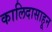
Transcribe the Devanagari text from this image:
कालिदासाहून